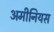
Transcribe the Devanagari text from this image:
अमीनियस